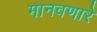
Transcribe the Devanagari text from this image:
मानवणारे